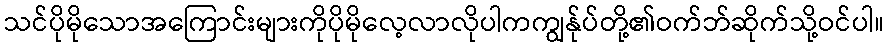
သင်ပိုမိုသောအကြောင်းများကိုပိုမိုလေ့လာလိုပါကကျွန်ုပ်တို့၏ဝက်ဘ်ဆိုက်သို့ဝင်ပါ။